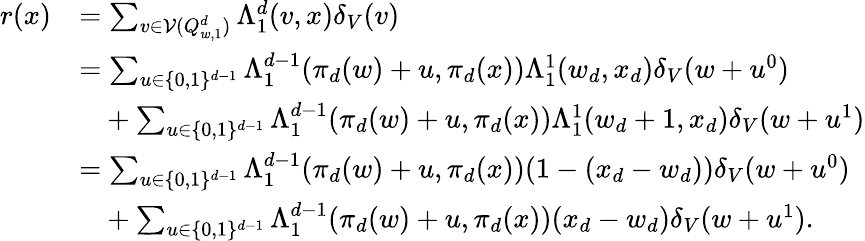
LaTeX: \begin{array}{rl}{r(x)}&{=\sum_{v\in\mathcal V(Q_{w,1}^{d})}\Lambda_{1}^{d}(v,x)\delta_{V}(v)}\\ &{=\sum_{u\in\{ 0,1\} ^{d-1}}\Lambda_{1}^{d-1}(\pi_{d}(w)+u,\pi_{d}(x))\Lambda_{1}^{1}(w_{d},x_{d})\delta_{V}(w+u^{0})}\\ &{\phantom{=}+\sum_{u\in\{ 0,1\} ^{d-1}}\Lambda_{1}^{d-1}(\pi_{d}(w)+u,\pi_{d}(x))\Lambda_{1}^{1}(w_{d}+1,x_{d})\delta_{V}(w+u^{1})}\\ &{=\sum_{u\in\{ 0,1\} ^{d-1}}\Lambda_{1}^{d-1}(\pi_{d}(w)+u,\pi_{d}(x))(1-(x_{d}-w_{d}))\delta_{V}(w+u^{0})}\\ &{\phantom{=}+\sum_{u\in\{ 0,1\} ^{d-1}}\Lambda_{1}^{d-1}(\pi_{d}(w)+u,\pi_{d}(x))(x_{d}-w_{d})\delta_{V}(w+u^{1}).}\end{array}